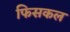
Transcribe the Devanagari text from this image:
फिसकल